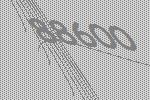
88600